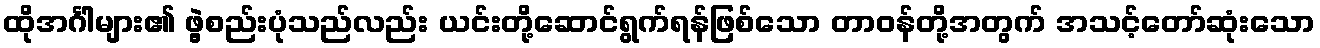
ထိုအင်္ဂါများ၏ ဖွဲ့စည်းပုံသည်လည်း ယင်းတို့ဆောင်ရွက်ရန်ဖြစ်သော တာဝန်တို့အတွက် အသင့်တော်ဆုံးသော